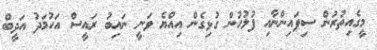
މީގެއިތުރުން ސިފައިންނާއި ފުލުހުން ގުޅިގެން އިއްޔެ ވަނީ ނައިބު ރައީސް އަހުމަދު އަދީބް